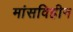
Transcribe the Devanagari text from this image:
मांसविहीन